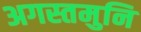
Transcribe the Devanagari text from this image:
अगस्तमुनि